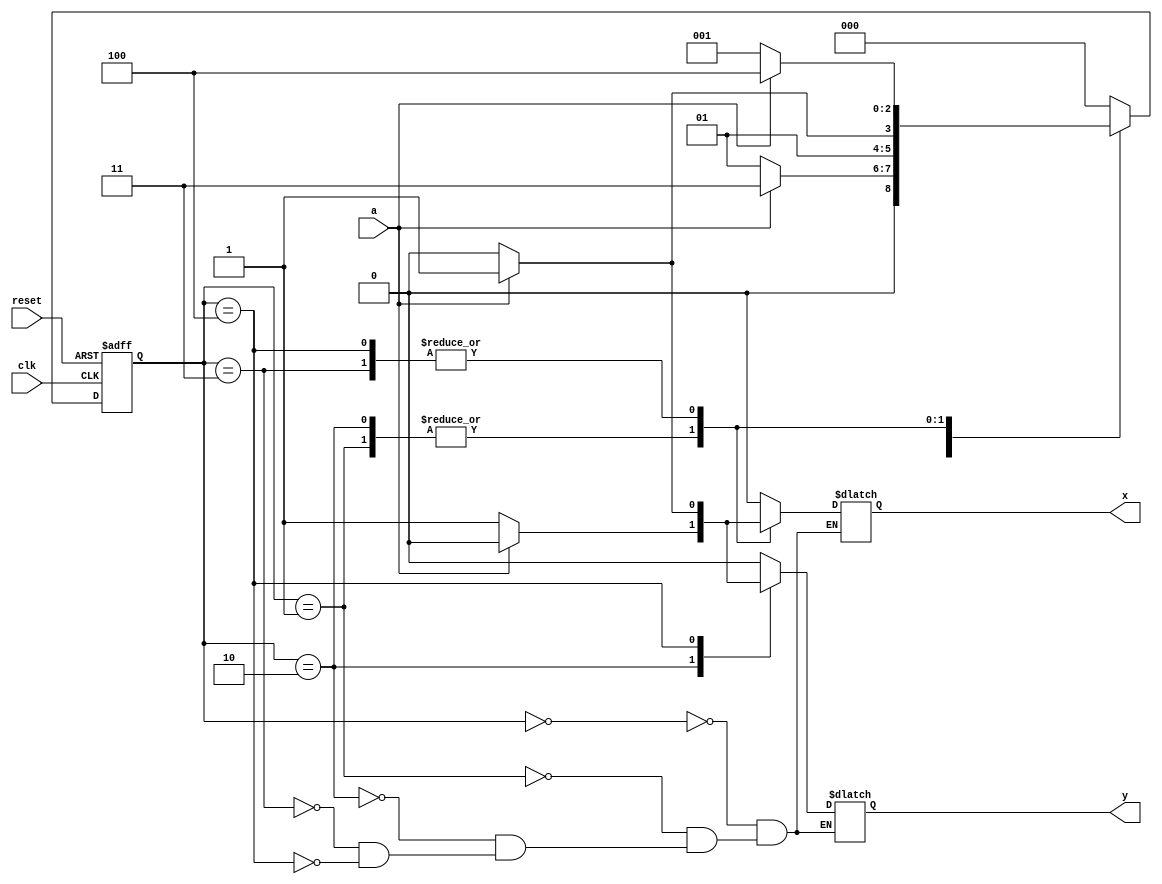
module fsm(
    input clk,
input reset,
input a,
output reg x,
output reg y);
reg [2:0] state,nextstate;

parameter s0=0;
parameter s1=1;
parameter s2=2;
parameter s3=3;
parameter s4=4;

always @(posedge clk,posedge reset)
    if(reset) state<= s0;
    else  state<=nextstate;
    
always @(state,a)
case (state)
   s0: begin
   x = a ? 0 : 0;
   y = a ? 0 : 0;
   nextstate = a ? s3 : s1;
   end
   s1: begin
   x = a ? 0 : 1;
   y = a ? 0 : 0;
   nextstate = a ? s3 : s2;
   end
   s2: begin
   x = a ? 0 : 1;
   y = a ? 0 : 1;
   nextstate = a ? s3 : s2;
   end
   s3: begin
   x = a ? 1 : 0;
   y = a ? 0 : 0;
   nextstate= a ? s4 : s1;
   end
   s4: begin
   x = a ? 1 : 0;
   y = a ? 1 : 0;
     nextstate = a ? s4 : s1;
   end 
   default: nextstate =s0;
         endcase
endmodule